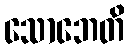
သောဘေတိ